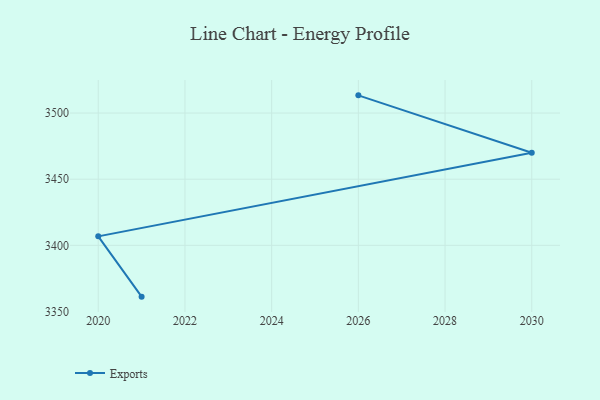
{"axis": {"x": "Year", "y": "Page Views"}, "legend": ["Exports"], "data": [{"x": "2026", "y": 3513.4, "type": "Exports"}, {"x": "2030", "y": 3470.0, "type": "Exports"}, {"x": "2020", "y": 3406.8, "type": "Exports"}, {"x": "2021", "y": 3361.2, "type": "Exports"}]}